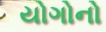
યોગોનો